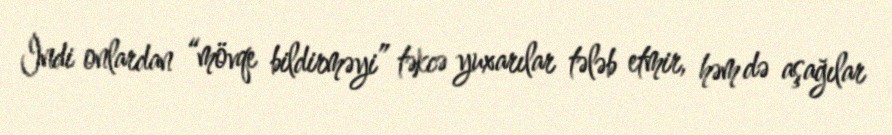
İndi onlardan “mövqe bildirməyi” təkcə yuxarılar tələb etmir, həm də aşağılar